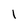
Character: 1